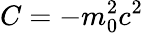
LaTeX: C=-m_{0}^{2}c^{2}